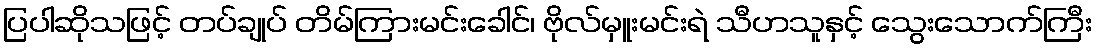
ပြပါဆိုသဖြင့် တပ်ချုပ် တိမ်ကြားမင်းခေါင်၊ ဗိုလ်မှူးမင်းရဲ သီဟသူနှင့် သွေးသောက်ကြီး